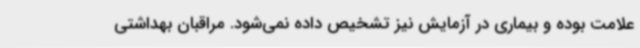
علامت بوده و بیماری در آزمایش نیز تشخیص داده نمی‌شود. مراقبان بهداشتی